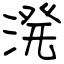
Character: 溌